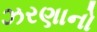
ઝરણાનો